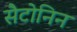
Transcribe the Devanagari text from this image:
सैटोनिन